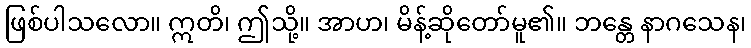
ဖြစ်ပါသလော။ ဣတိ၊ ဤသို့။ အာဟ၊ မိန့်ဆိုတော်မူ၏။ ဘန္တေ နာဂသေန၊